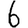
Digit: 6